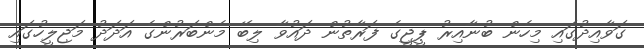
ގަވާއިދުގައި މިހެން ބުނާއިރު ޕީޖީގެ ފަރާތުން ދައުވާ ލިބޭ މެންބަރުންގެ އަދަދު މަޖިލީހުގައި